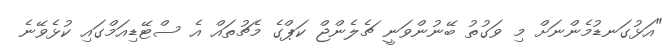
"އަޅުގަނޑުމެންނަށް މި ވަގުތު ބޭނުންވަނީ ޗެލެންޖް ކަޕްގެ މެޗުތައް އެ ސްޓޭޑިއަމްގައި ކުޅެވޭނެ